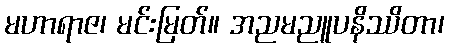
မဟာရာဇ၊ မင်းမြတ်။ အညမညူပနိဿိတာ၊